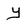
Character: y